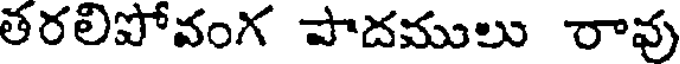
తరలిపోవంగ పాదములు రావు